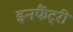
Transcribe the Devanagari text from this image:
इनफैंट्री